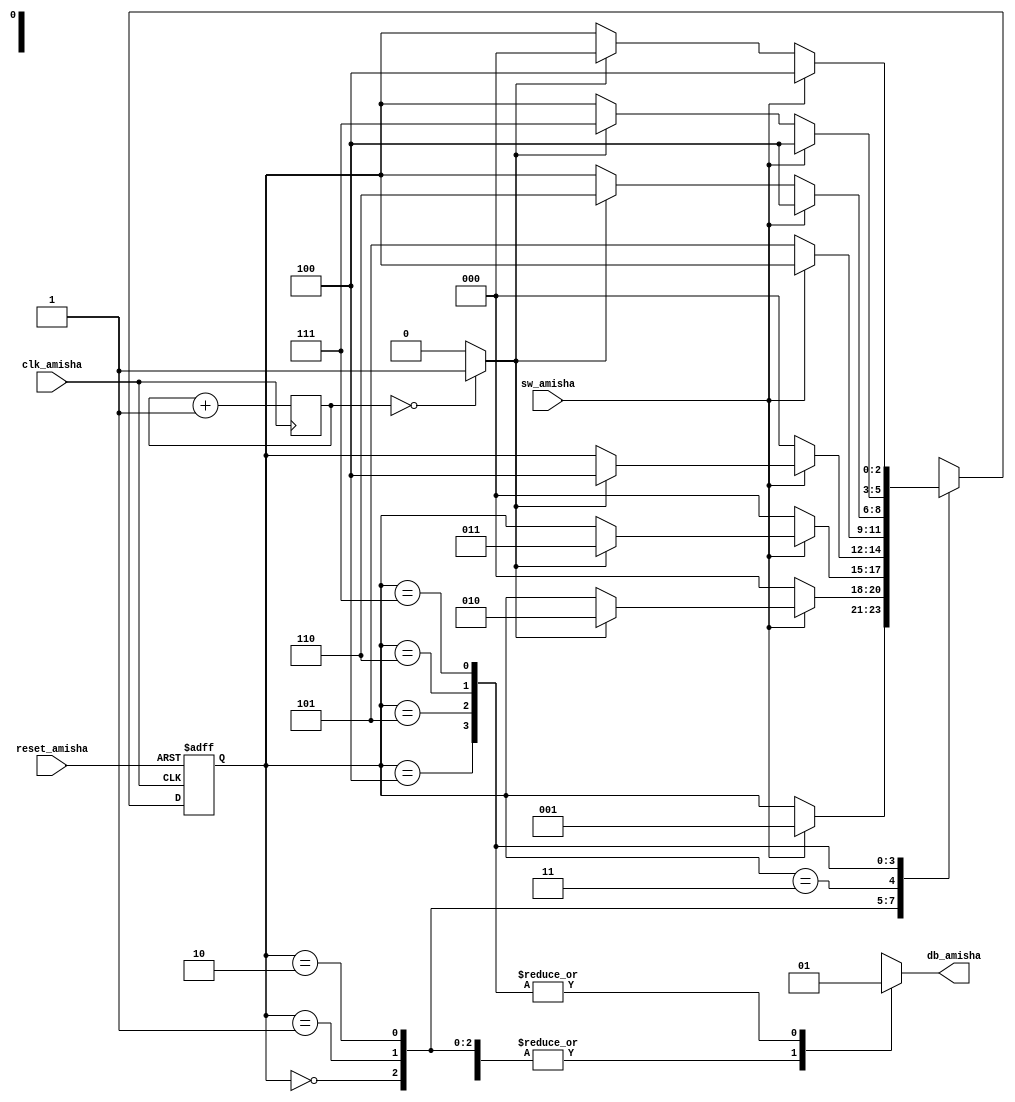
`timescale 1ns / 1ps
//////////////////////////////////////////////////////////////////////////////////
// Company: 
// Engineer: 
// 
// Design Name: 
// Module Name:    db_fsm_Amisha 
// Project Name: 
// Target Devices: 
// Tool versions: 
// Description: 
//
// Dependencies: 
//
// Revision: 
// Revision 0.01 - File Created
// Additional Comments: 
//
//////////////////////////////////////////////////////////////////////////////////
module db_fsm_Amisha(
    input clk_amisha,
    input reset_amisha,
    input sw_amisha,
    output reg db_amisha
    );
	 
	 localparam [2:0]
	 zero_amisha = 3'b000,
	 wait1_1_amisha = 3'b001,
	 wait1_2_amisha = 3'b010,
	 wait1_3_amisha = 3'b011,
	 one_amisha = 3'b100,
	 wait0_1_amisha = 3'b101,
	 wait0_2_amisha = 3'b110,
	 wait0_3_amisha = 3'b111;
	 
	 localparam N_amisha = 19;
	 reg [N_amisha - 1: 0] q_reg_amisha;
	 wire [N_amisha - 1: 0] q_next_amisha;
	 wire m_tick_amisha;
	 reg [2:0] state_reg_amisha, state_next_amisha;
	 
	 always @(posedge clk_amisha)
	 q_reg_amisha <= q_next_amisha;
	 assign q_next_amisha = q_reg_amisha + 1;
	 assign m_tick_amisha = (q_reg_amisha == 0) ? 1'b1 : 1'b0;
	 
	 always @(posedge clk_amisha, posedge reset_amisha)
	 if (reset_amisha)
	 state_reg_amisha <= zero_amisha;
	 else 
	 state_reg_amisha <= state_next_amisha;
	 
	 always @*
	 begin
	 state_next_amisha = state_reg_amisha;
	 db_amisha = 1'b0;
	 case (state_reg_amisha)
	 zero_amisha :
	 if (sw_amisha)
	 state_next_amisha = wait1_1_amisha;
	 
	 wait1_1_amisha :
	 if (~sw_amisha)
	 state_next_amisha = zero_amisha;
	 else
	 if (m_tick_amisha)
	 state_next_amisha = wait1_2_amisha;
	 
	 wait1_2_amisha :
	 if (~sw_amisha)
	 state_next_amisha = zero_amisha;
	 else
	 if (m_tick_amisha)
	 state_next_amisha = wait1_3_amisha;
	 
	 wait1_3_amisha :
	 if (~sw_amisha)
	 state_next_amisha = zero_amisha;
	 else
	 if (m_tick_amisha)
	 state_next_amisha = one_amisha;
	 
	 one_amisha :
	 begin
	 db_amisha = 1'b1;
	 if (~sw_amisha)
	 state_next_amisha = wait0_1_amisha;
	 end
	 
	 wait0_1_amisha :
	 begin
	 db_amisha = 1'b1;
	 if (sw_amisha)
	 state_next_amisha = one_amisha;
	 else
	 if (m_tick_amisha)
	 state_next_amisha = wait0_2_amisha;
	 end
	 
	 wait0_2_amisha :
	 begin
	 db_amisha = 1'b1;
	 if (sw_amisha)
	 state_next_amisha = one_amisha;
	 else 
	 if (m_tick_amisha)
	 state_next_amisha = wait0_3_amisha;
	 end
	 
	 wait0_3_amisha :
	 begin
	 db_amisha = 1'b1;
	 if (sw_amisha)
	 state_next_amisha = one_amisha;
	 else
	 if (m_tick_amisha)
	 state_next_amisha = zero_amisha;
	 end
	 default : state_next_amisha = zero_amisha;
	 endcase
	 end
endmodule